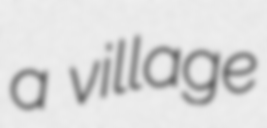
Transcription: a village